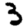
Digit: 3